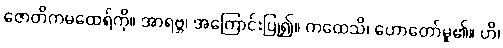
ဇောတိကမထေရ်ကို။ အာရဗ္ဘ၊ အကြောင်းပြု၍။ ကထေသိ၊ ဟောတော်မူ၏။ ဟိ၊